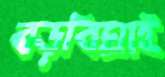
বড়বিঘাই